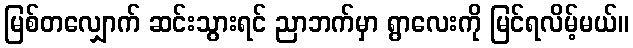
မြစ်တလျှောက် ဆင်းသွားရင် ညာဘက်မှာ ရွာလေးကို မြင်ရလိမ့်မယ်။